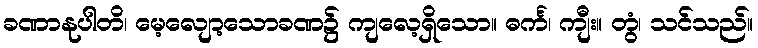
ခဏာနုပါတိ၊ မေ့လျော့သောခဏ၌ ကျလေ့ရှိသော။ ဓင်္က၊ ကျီး။ တွံ၊ သင်သည်။